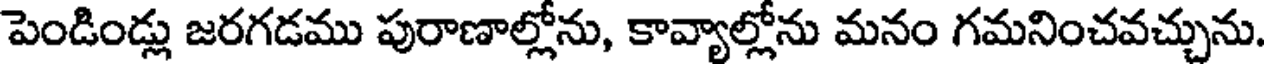
పెండిండ్లు జరగడము పురాణాల్లోను, కావ్యాల్లోను మనం గమనించవచ్చును